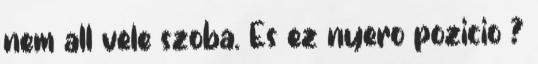
nem all vele szoba. Es ez nyero pozicio ?